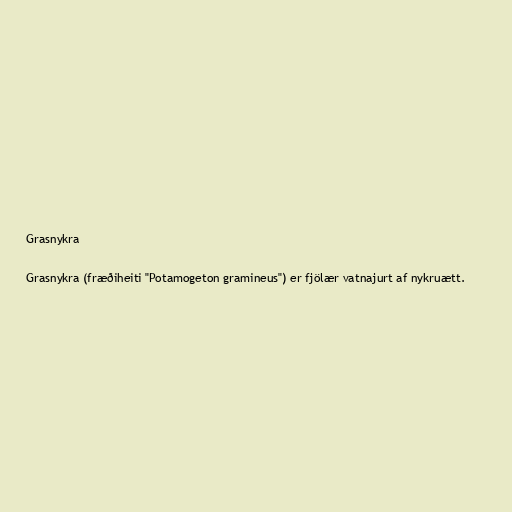
Grasnykra

Grasnykra (fræðiheiti "Potamogeton gramineus") er fjölær vatnajurt af nykruætt.